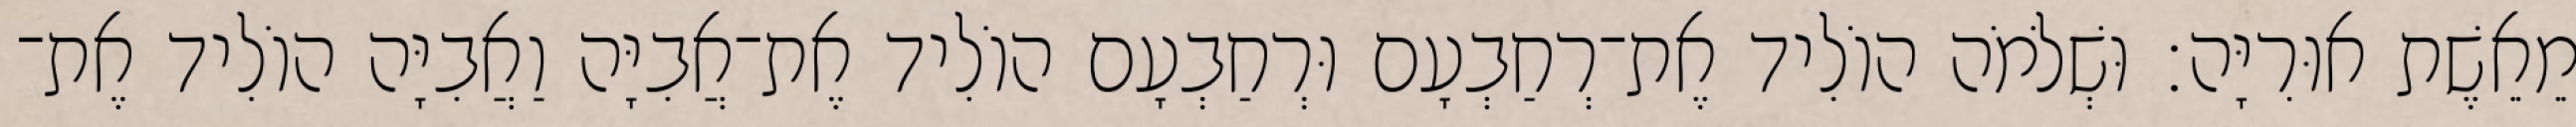
מֵאֵשֶׁת אוּרִיָּה׃ וּשְׁלֹמֹה הוֹלִיד אֶת־רְחַבְעָם וּרְחַבְעָם הוֹלִיד אֶת־אֲבִיָּה וַאֲבִיָּה הוֹלִיד אֶת־